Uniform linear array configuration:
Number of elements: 64
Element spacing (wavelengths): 0.25
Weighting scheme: cosine
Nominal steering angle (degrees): -60
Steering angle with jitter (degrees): -61.573
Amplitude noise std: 0.05
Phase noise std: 0.05

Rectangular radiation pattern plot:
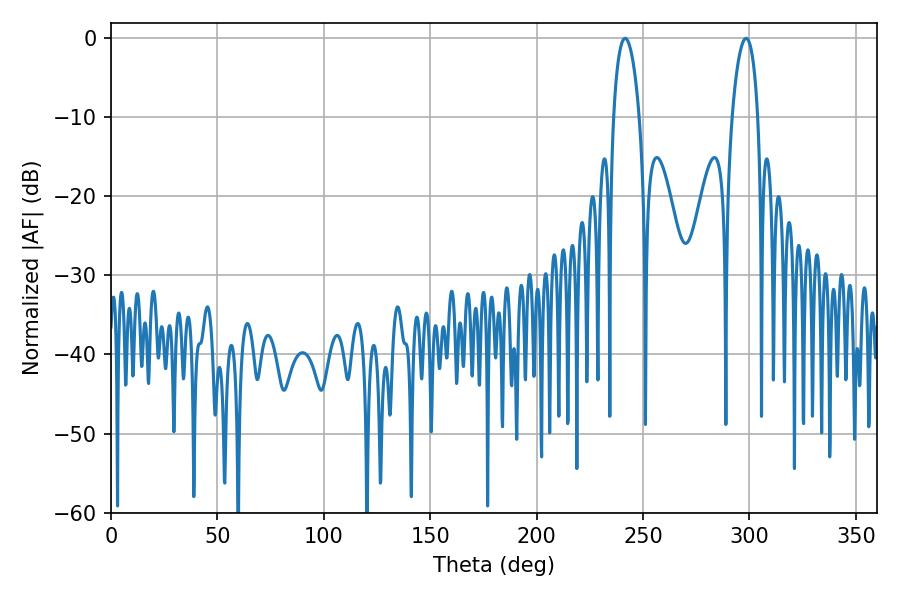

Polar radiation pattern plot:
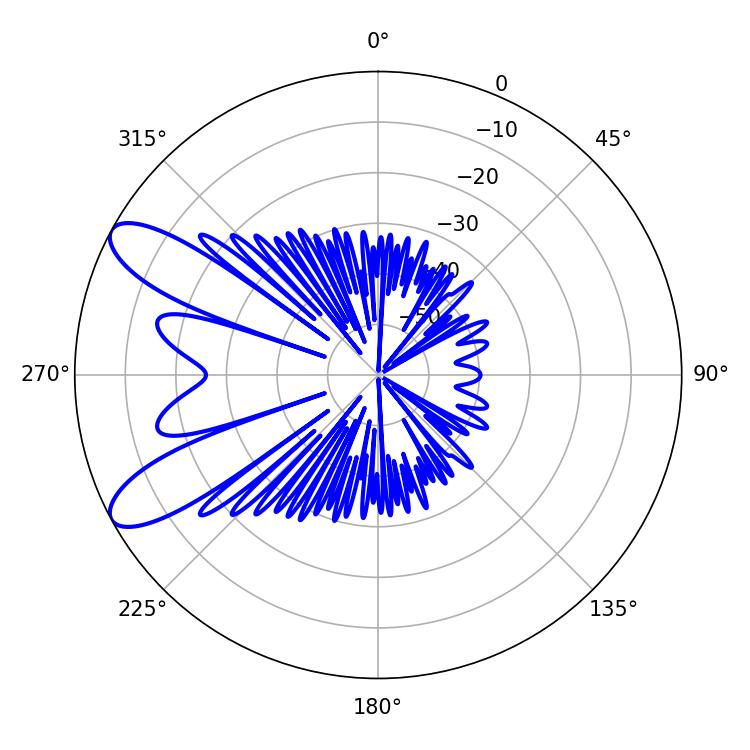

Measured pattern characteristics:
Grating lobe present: FALSE
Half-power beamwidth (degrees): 6.84
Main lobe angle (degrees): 241.56